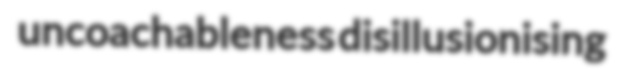
uncoachableness disillusionising